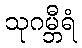
သုဂမ္ဘီရံ